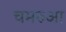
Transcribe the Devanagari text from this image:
चमरुआ